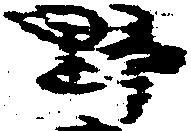
野